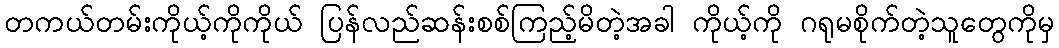
တကယ်တမ်းကိုယ့်ကိုကိုယ် ပြန်လည်ဆန်းစစ်ကြည့်မိတဲ့အခါ ကိုယ့်ကို ဂရုမစိုက်တဲ့သူတွေကိုမှ